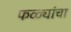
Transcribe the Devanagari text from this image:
फळ्यांचा